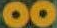
00